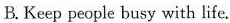
B. Keep people busy with life.